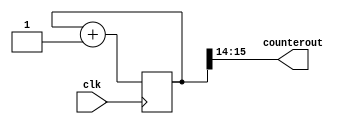
`timescale 1ns / 1ps



module Counter(

    input clk,
    output [1:0] counterout

    );
        reg [15:0] counter;
   
   //block for anode counter
   
   always @ (posedge(clk))
   begin
        counter <= counter + 1;
   end
    
    
    assign counterout = counter[15:14];
    
endmodule